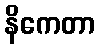
နိကေတာ